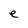
Character: e